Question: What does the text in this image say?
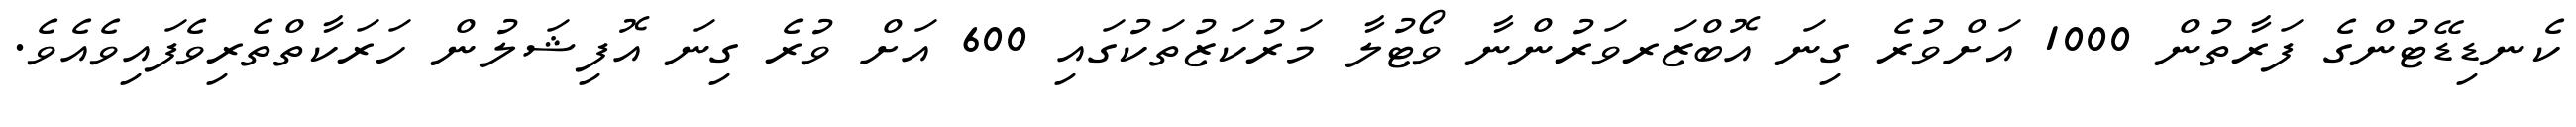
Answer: ކެނޑިޑޭޓުންގެ ފަރާތުން 1000 އަށްވުރެ ގިނަ އޮބްޒަރވަރުންނާ ވޯޓުލާ މަރުކަޒުތަކުގައި 600 އަށް ވުރެ ގިނަ އޮފިޝަލުން ހަރަކާތްތެރިވެފައިވެއެވެ.